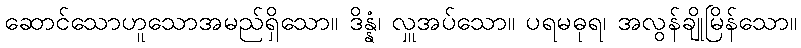
ဆောင်သောဟူသောအမည်ရှိသော။ ဒိန္နံ၊ လှူအပ်သော။ ပရမဓုရ၊ အလွန်ချိုမြိန်သော။